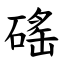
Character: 磘